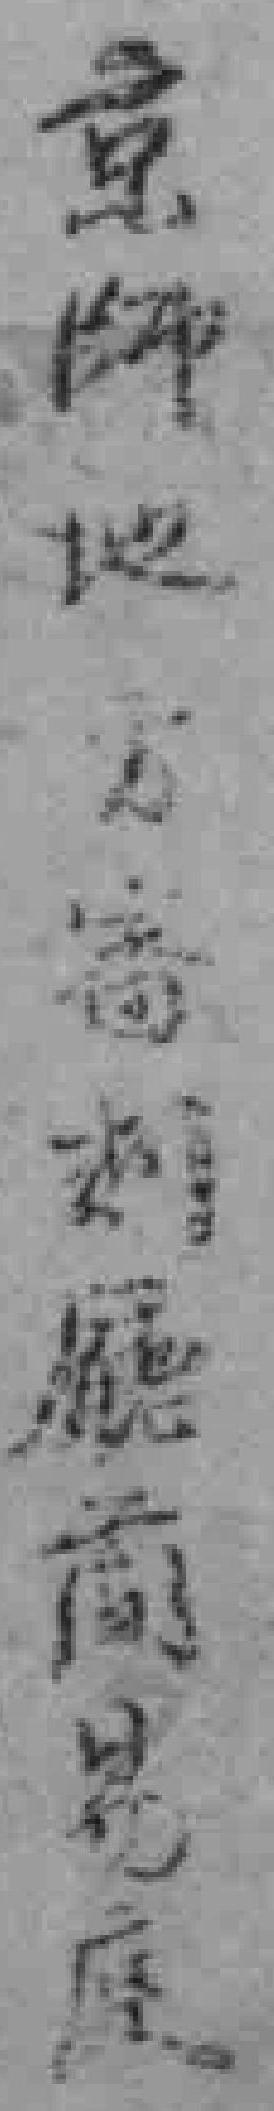
京師地*審*廰简易*